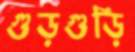
গুড়গুড়ি